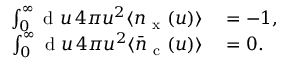
\begin{array} { r l } { \int _ { 0 } ^ { \infty } \mathrm { ~ d ~ } u \, 4 \pi u ^ { 2 } \langle n _ { \mathrm { ~ x ~ } } ( u ) \rangle } & { { } = - 1 , } \\ { \int _ { 0 } ^ { \infty } \mathrm { ~ d ~ } u \, 4 \pi u ^ { 2 } \langle \bar { n } _ { \mathrm { ~ c ~ } } ( u ) \rangle } & { { } = 0 . } \end{array}